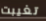
تغيبت